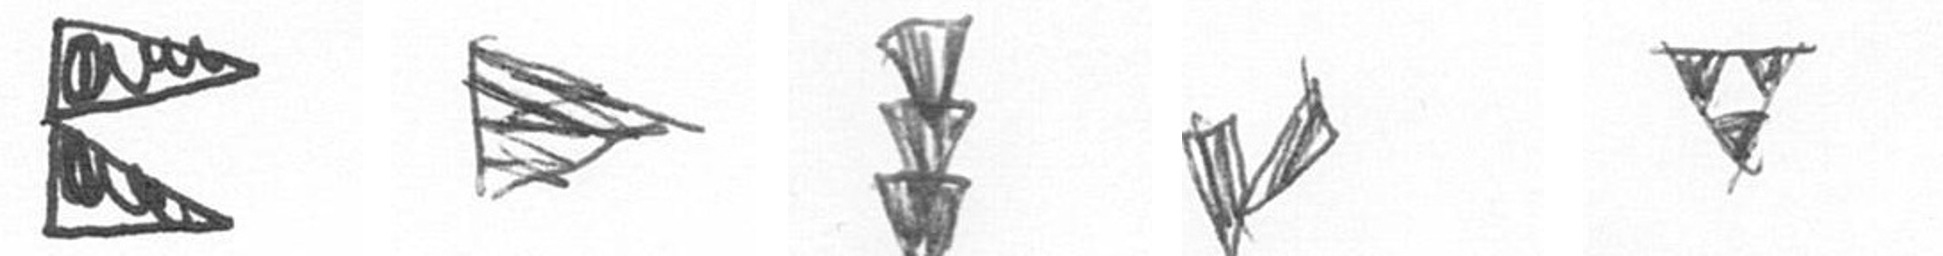
P T E F S